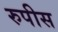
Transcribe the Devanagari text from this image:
रुपीस